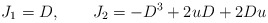
\begin{align*}J_1 = D, \qquad J_2 = - D^3 + 2 u D + 2 D u \end{align*}